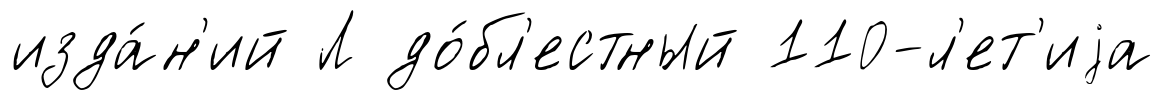
изда́н'ий Л до́бл'естный 110-л'ет'иjа